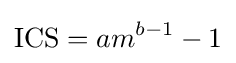
\mathrm {ICS} =am^{b-1}-1